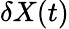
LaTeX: \delta X(t)